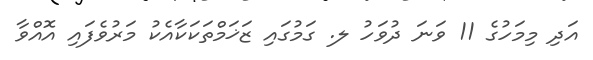
އަދި މިމަހުގެ 11 ވަނަ ދުވަހު ލ. ގަމުގައި ޒަޚަމްތަކަކާއެކު މަރުވެފައި އޮއްވާ